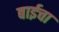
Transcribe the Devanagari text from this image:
बाईचा